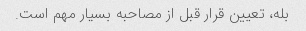
بله، تعیین قرار قبل از مصاحبه بسیار مهم است.